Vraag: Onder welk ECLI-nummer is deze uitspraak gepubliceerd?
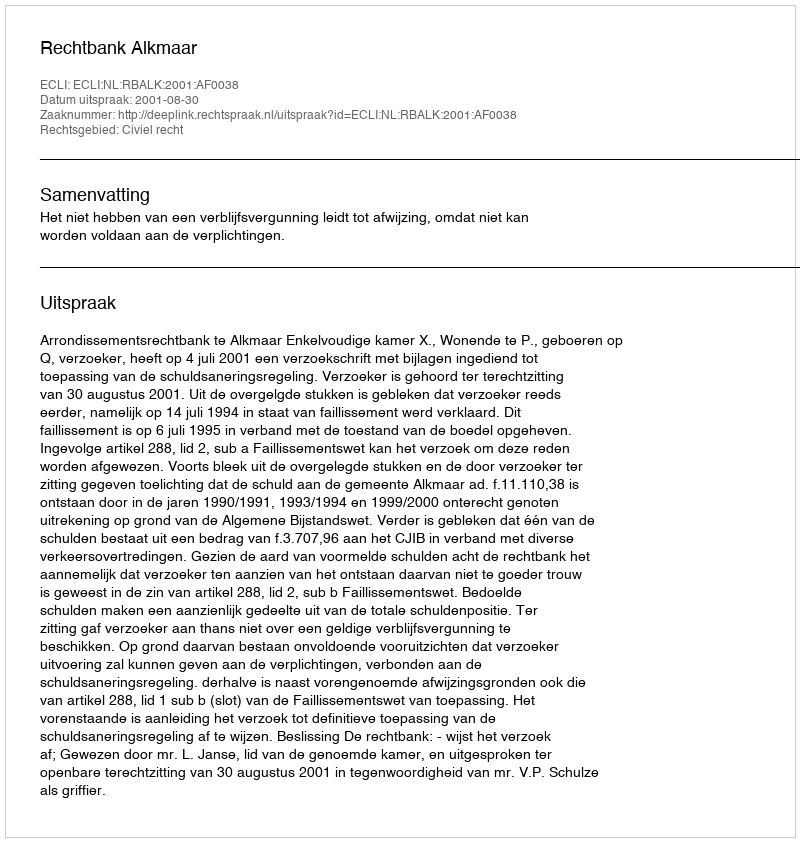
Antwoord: ECLI:NL:RBALK:2001:AF0038